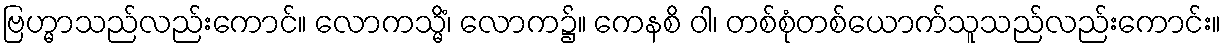
ဗြဟ္မာသည်လည်းကောင်။ လောကသ္မိံ၊ လောက၌။ ကေနစိ ဝါ၊ တစ်စုံတစ်ယောက်သူသည်လည်းကောင်း။